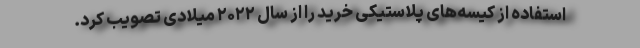
استفاده از کیسه‌های پلاستیکی خرید را از سال ۲۰۲۲ میلادی تصویب کرد.